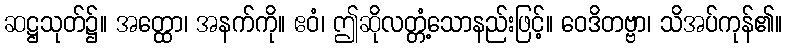
ဆဋ္ဌသုတ်၌။ အတ္ထော၊ အနက်ကို။ ဧဝံ၊ ဤဆိုလတ္တံ့သောနည်းဖြင့်။ ဝေဒိတဗ္ဗာ၊ သိအပ်ကုန်၏။